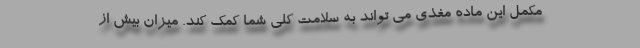
مکمل این ماده مغذی می تواند به سلامت کلی شما کمک کند. میزان بیش از